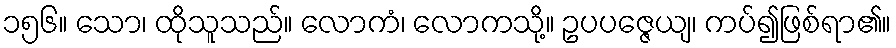
၁၅၆။ သော၊ ထိုသူသည်။ လောကံ၊ လောကသို့။ ဥပပဇ္ဇေယျ၊ ကပ်၍ဖြစ်ရာ၏။